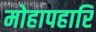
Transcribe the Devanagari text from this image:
मोहापहारि